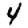
Digit: 4